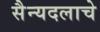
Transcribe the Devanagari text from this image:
सैन्यदलाचे